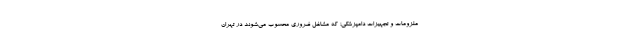
ملزومات و تجهیزات دامپزشکی؛ که مشاغل ضروری محسوب می‌شوند در تهران